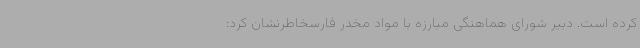
کرده است. دبیر شورای هماهنگی مبارزه با مواد مخدر فارسخاطرنشان کرد: